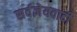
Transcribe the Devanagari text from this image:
सर्वज्ञेयवादी